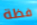
فظة